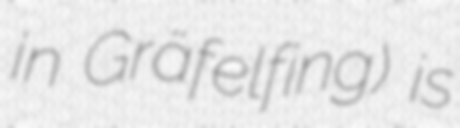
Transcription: in Gräfelfing) is